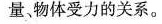
量，物体受力的关系。